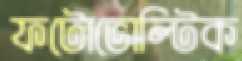
ফটোভোল্টিক